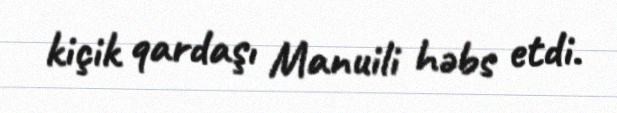
kiçik qardaşı Manuili həbs etdi.